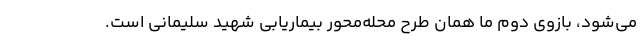
می‌شود، بازوی دوم ما همان طرح محله‌محور بیماریابی شهید سلیمانی است.